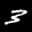
Label: 3